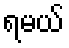
ရမယ်